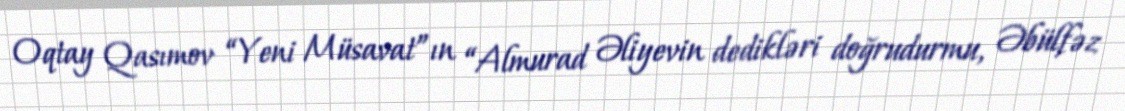
Oqtay Qasımov “Yeni Müsavat”ın “Almurad Əliyevin dedikləri doğrudurmu, Əbülfəz